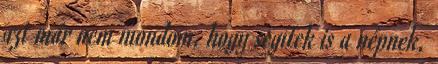
azt már nem mondom, hogy segítek is a népnek,